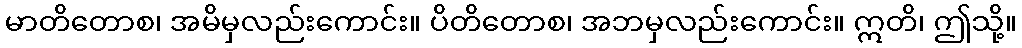
မာတိတောစ၊ အမိမှလည်းကောင်း။ ပိတိတောစ၊ အဘမှလည်းကောင်း။ ဣတိ၊ ဤသို့။